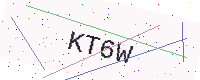
Text: KT6W